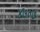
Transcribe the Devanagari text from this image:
४७०७